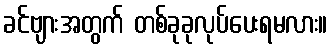
ခင်ဗျားအတွက် တစ်ခုခုလုပ်ပေးရမလား။